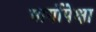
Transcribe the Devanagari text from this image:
मार्गोपेक्षा